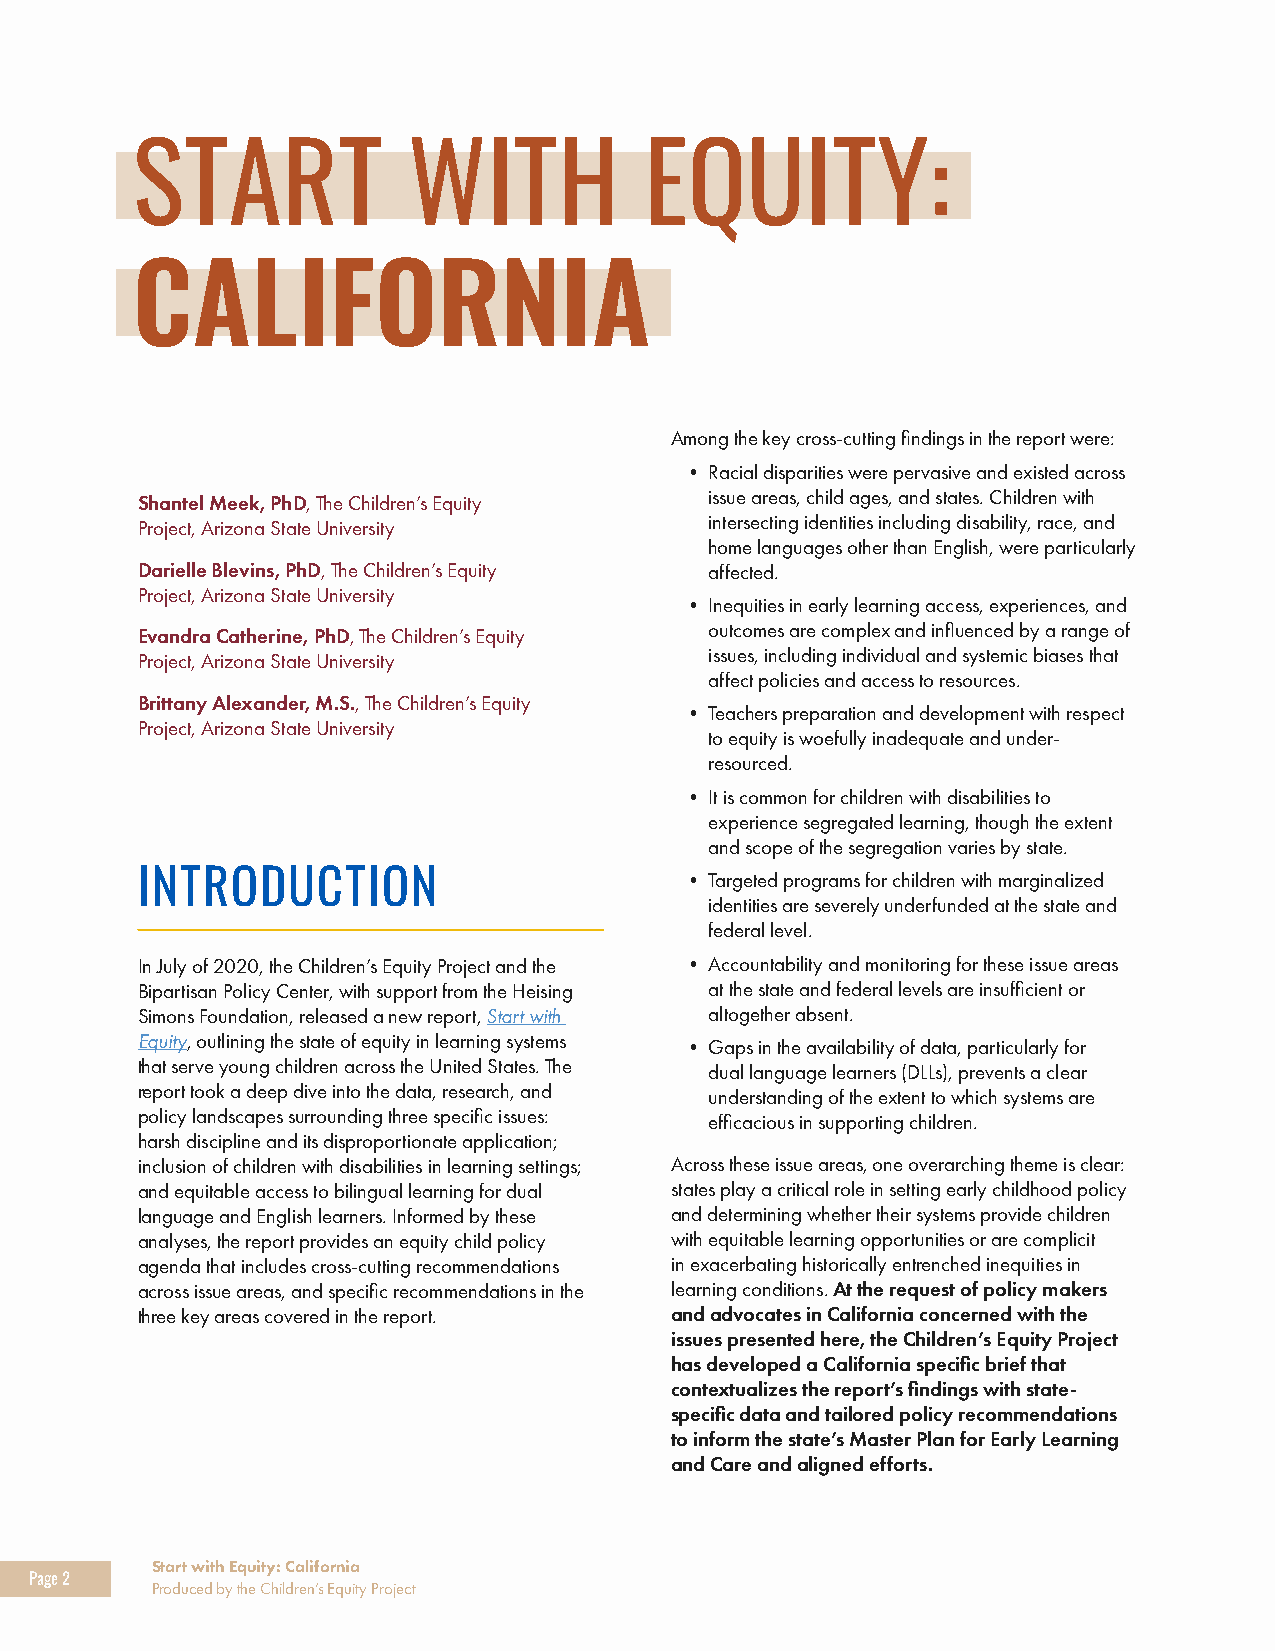
START             WITH            EQUITY:
 CALIFORNIA
 Among the key cross-cutting findings in the report were:
 • Racial disparities were pervasive and existed across
 Shantel Meek, PhD, The Children’s Equity issue areas, child ages, and states. Children with
 Project, Arizona State University     intersecting identities including disability, race, and
 home languages other than English, were particularly
 Darielle Blevins, PhD, The Children’s Equity affected.
 Project, Arizona State University
 • Inequities in early learning access, experiences, and
 Evandra Catherine, PhD, The Children’s Equity outcomes are complex and influenced by a range of
 Project, Arizona State University     issues, including individual and systemic biases that
 affect policies and access to resources.
 Brittany Alexander, M.S., The Children’s Equity
 • Teachers preparation and development with respect
 Project, Arizona State University
 to equity is woefully inadequate and under-
 resourced.
 • It is common for children with disabilities to
 experience segregated learning, though the extent
 and scope of the segregation varies by state.
 INTRODUCTION                        • Targeted programs for children with marginalized
 identities are severely underfunded at the state and
 federal level.
 In July of 2020, the Children’s Equity Project and the • Accountability and monitoring for these issue areas
 Bipartisan Policy Center, with support from the Heising at the state and federal levels are insufficient or
 Simons Foundation, released a new report, Start with altogether absent.
 Equity, outlining the state of equity in learning systems • Gaps in the availability of data, particularly for
 that serve young children across the United States. The dual language learners (DLLs), prevents a clear
 report took a deep dive into the data, research, and understanding of the extent to which systems are
 policy landscapes surrounding three specific issues: efficacious in supporting children.
 harsh discipline and its disproportionate application;
 inclusion of children with disabilities in learning settings; Across these issue areas, one overarching theme is clear:
 and equitable access to bilingual learning for dual states play a critical role in setting early childhood policy
 language and English learners. Informed by these and determining whether their systems provide children
 analyses, the report provides an equity child policy with equitable learning opportunities or are complicit
 agenda that includes cross-cutting recommendations in exacerbating historically entrenched inequities in
 across issue areas, and specific recommendations in the learning conditions. At the request of policy makers
 three key areas covered in the report. and advocates in California concerned with the
 issues presented here, the Children’s Equity Project
 has developed a California specific brief that
 contextualizes the report’s findings with state-
 specific data and tailored policy recommendations
 to inform the state’s Master Plan for Early Learning
 and Care and aligned efforts.
 Start with Equity: California
 Page 2
 Produced by the Children’s Equity Project